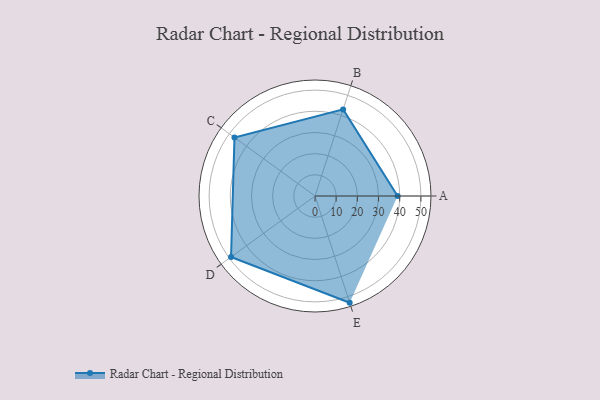
{"axis": {"x": "Skill", "y": "Score"}, "legend": ["Profile"], "data": [{"x": "A", "y": 39.0, "type": "Profile"}, {"x": "B", "y": 43.0, "type": "Profile"}, {"x": "C", "y": 47.0, "type": "Profile"}, {"x": "D", "y": 49.0, "type": "Profile"}, {"x": "E", "y": 53.0, "type": "Profile"}]}